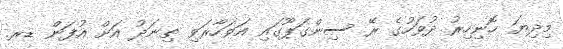
މިދިޔަ ހޮނިހިރު ދުވަހުގެ ރޭ ސިންގަޕޫގައި އަވަހާރަވި ތިނަދު އަށް އުފަން ޑރ.